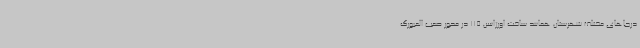
درجاهای مختلف شهرستان همانند ساخت اورژانس 115 در محور صعب العبورگ